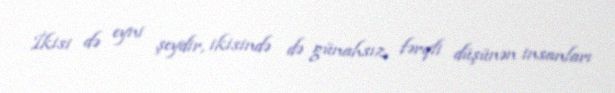
İkisi də eyni şeydir, ikisində də günahsız, fərqli düşünən insanları